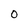
Character: 0